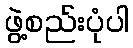
ဖွဲ့စည်းပုံပါ